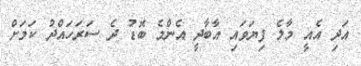
އަދި އެއީ މާލެ ފިޔަވައި އާބާދީ އެންމެ ބޮޑު ދެ ސަރަހައްދު ކަމަށް